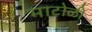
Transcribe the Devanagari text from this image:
माटोळी